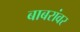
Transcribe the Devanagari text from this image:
बाबरांवर